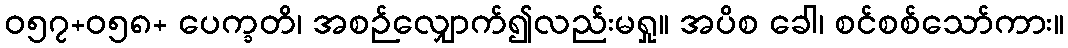
ဝ၅၇+၀၅၈+ ပေက္ခတိ၊ အစဉ်လျှောက်၍လည်းမရှု။ အပိစ ခေါ၊ စင်စစ်သော်ကား။